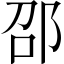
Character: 邵